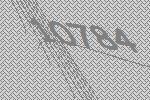
10784